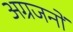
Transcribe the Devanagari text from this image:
अग्रजनों